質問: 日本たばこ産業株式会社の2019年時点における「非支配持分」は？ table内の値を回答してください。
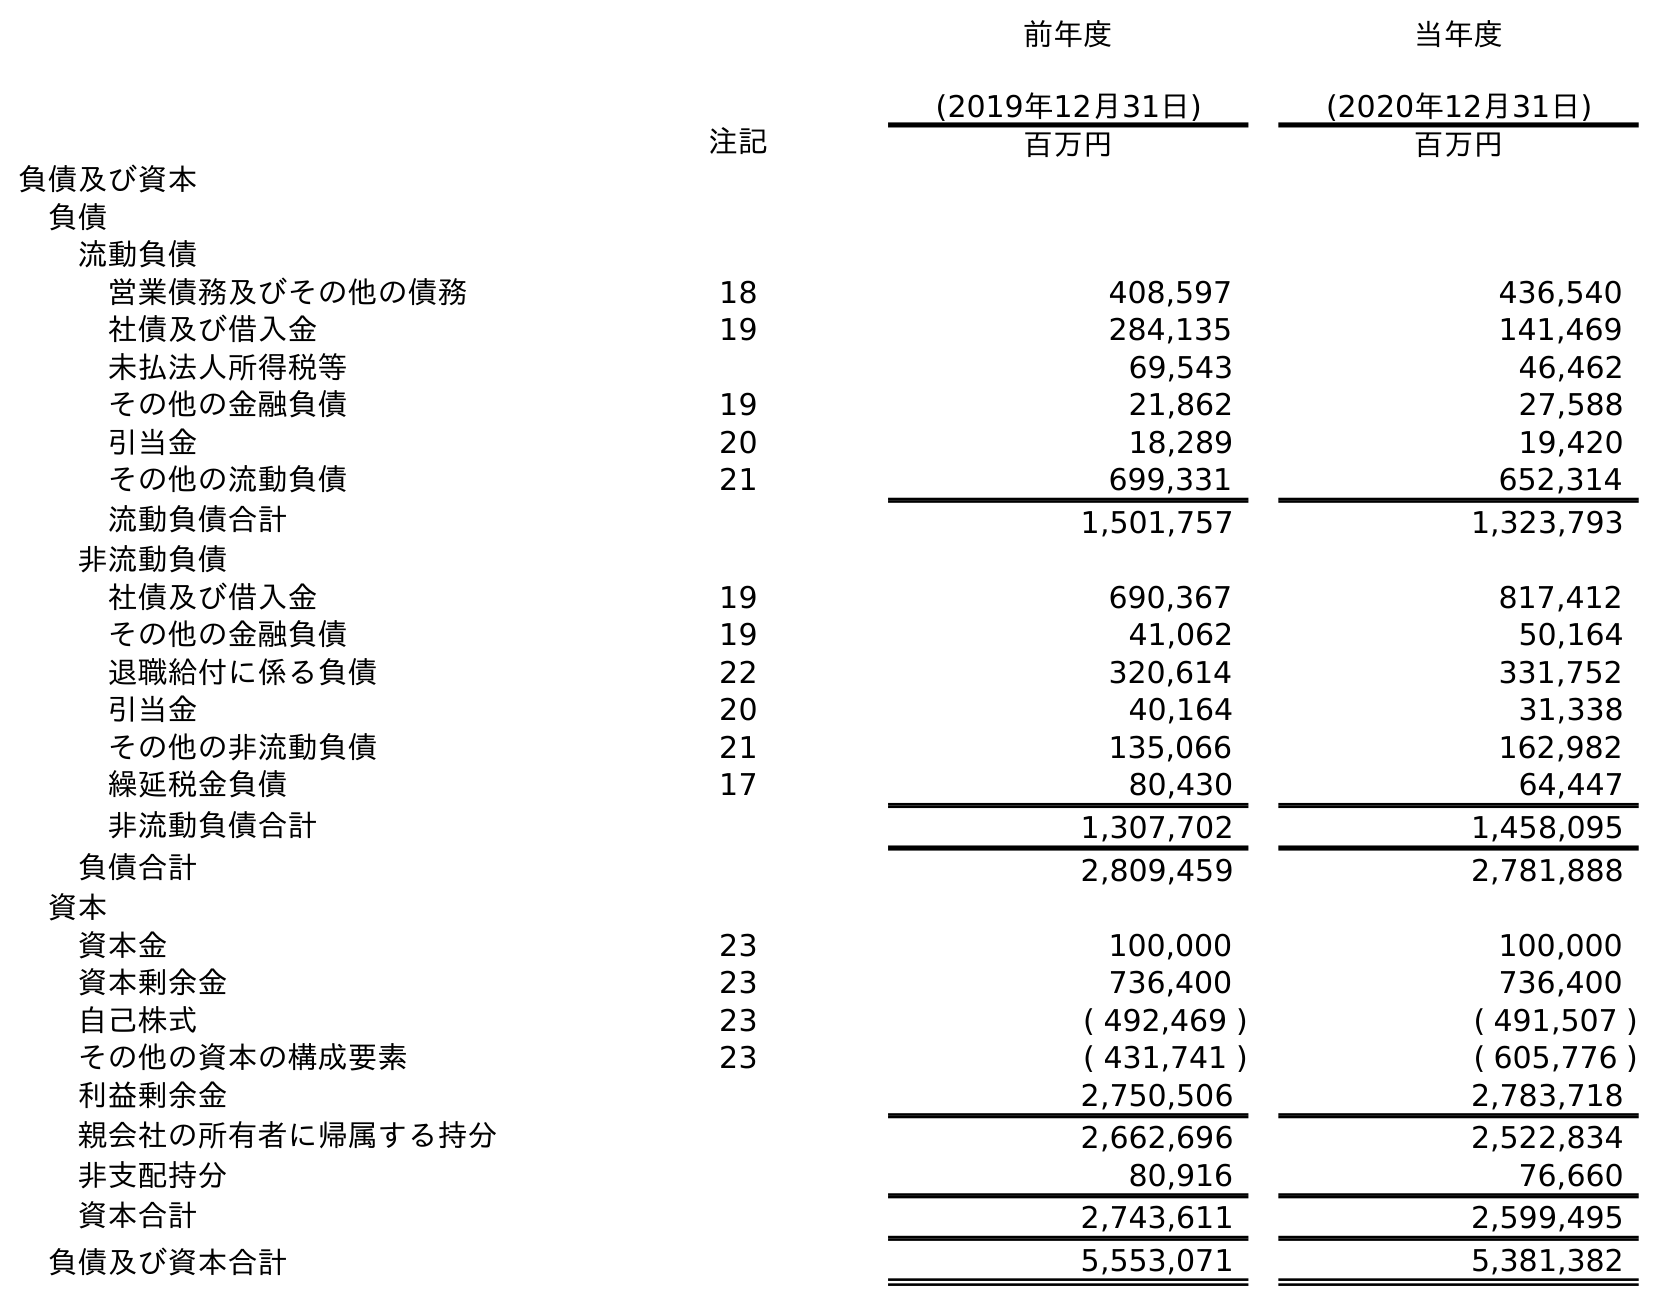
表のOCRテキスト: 前年度 (2019年12月31日) 当年度 (2020年12月31日) 注記 百万円 百万円 負債及び資本 負債 流動負債 営業債務及びその他の債務 18 408,597 436,540 社債及び借入金 19 284,135 141,469 未払法人所得税等 69,543 46,462 その他の金融負債 19 21,862 27,588 引当金 20 18,289 19,420 その他の流動負債 21 699,331 652,314 流動負債合計 1,501,757 1,323,793 非流動負債 社債及び借入金 19 690,367 817,412 その他の金融負債 19 41,062 50,164 退職給付に係る負債 22 320,614 331,752 引当金 20 40,164 31,338 その他の非流動負債 21 135,066 162,982 繰延税金負債 17 80,430 64,447 非流動負債合計 1,307,702 1,458,095 負債合計 2,809,459 2,781,888 資本 資本金 23 100,000 100,000 資本剰余金 23 736,400 736,400 自己株式 23 ( 492,469 ) ( 491,507 ) その他の資本の構成要素 23 ( 431,741 ) ( 605,776 ) 利益剰余金 2,750,506 2,783,718 親会社の所有者に帰属する持分 2,662,696 2,522,834 非支配持分 80,916 76,660 資本合計 2,743,611 2,599,495 負債及び資本合計 5,553,071 5,381,382
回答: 80,916